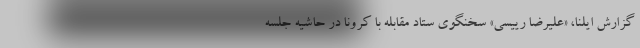
گزارش ایلنا، «علیرضا رییسی» سخنگوی ستاد مقابله با کرونا در حاشیه جلسه